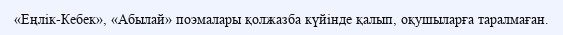
«Еңлік-Кебек», «Абылай» поэмалары қолжазба күйінде қалып, оқушыларға таралмаған.